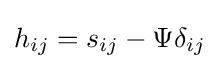
h_{ij}=s_{ij}-\Psi \delta _{ij}